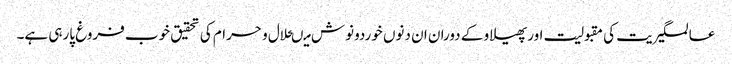
عالمگیریت کی مقبولیت اورپھیلاو کے دوران ان دنوں خوردونوش میںحلال و حرام کی تحقیق خوب فروغ پارہی ہے۔